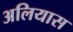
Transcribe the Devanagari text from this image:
अलियास